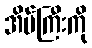
အိမ်ကြီးကို